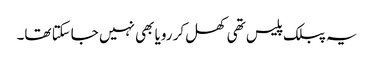
یہ پبلک پلیس تھی کھل کر رویا بھی نہیں جاسکتا تھا۔